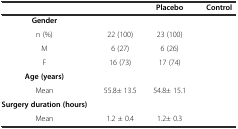
<table><thead><tr><td>[EMPTY_CELL]</td><td>[EMPTY_CELL]</td><td><b>Placebo</b></td><td><b>Control</b></td></tr></thead><tbody><tr><td><b>Gender</b></td><td>[EMPTY_CELL]</td><td>[EMPTY_CELL]</td><td>[EMPTY_CELL]</td></tr><tr><td>n (%)</td><td>22 (100)</td><td>23 (100)</td><td>[EMPTY_CELL]</td></tr><tr><td>M</td><td>6 (27)</td><td>6 (26)</td><td>[EMPTY_CELL]</td></tr><tr><td>F</td><td>16 (73)</td><td>17 (74)</td><td>[EMPTY_CELL]</td></tr><tr><td><b>Age (years)</b></td><td>[EMPTY_CELL]</td><td>[EMPTY_CELL]</td><td>[EMPTY_CELL]</td></tr><tr><td>Mean</td><td>55.8± 13.5</td><td>54.8± 15.1</td><td>[EMPTY_CELL]</td></tr><tr><td><b>Surgery duration (hours)</b></td><td>[EMPTY_CELL]</td><td>[EMPTY_CELL]</td><td>[EMPTY_CELL]</td></tr><tr><td>Mean</td><td>1.2 ± 0.4</td><td>1.2± 0.3</td><td>[EMPTY_CELL]</td></tr></tbody></table>